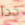
جدا